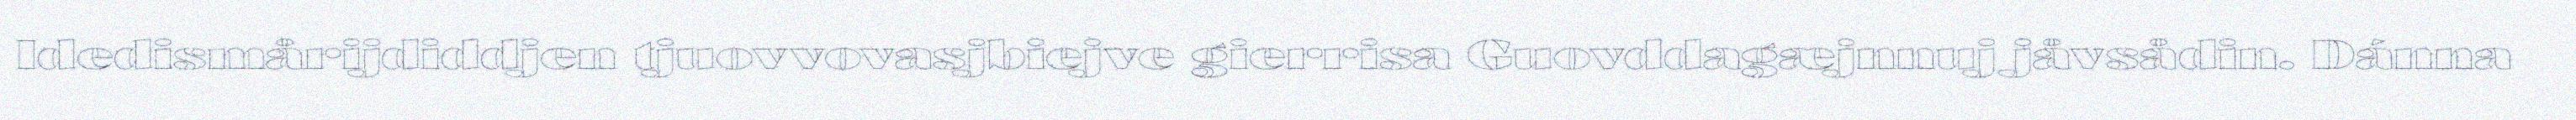
Idedismårijdiddjen tjuovvovasjbiejve gierrisa Guovddagæjnnuj jåvsådin. Dánna